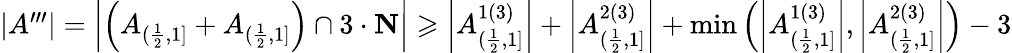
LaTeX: \begin{array}{r}{\left|A^{\prime\prime\prime}\right|=\left|\left(A_{(\frac{1}{2},1]}+A_{(\frac{1}{2},1]}\right)\cap 3\cdot\mathbf{N}\right|\geqslant\left|A_{(\frac{1}{2},1]}^{1(3)}\right|+\left|A_{(\frac{1}{2},1]}^{2(3)}\right|+\operatorname*{min}\left(\left|A_{(\frac{1}{2},1]}^{1(3)}\right|,\left|A_{(\frac{1}{2},1]}^{2(3)}\right|\right)-3}\end{array}